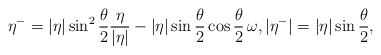
\begin{align*} \eta^- = |\eta| \sin^2\frac{\theta}{2} \frac{\eta}{|\eta|} - |\eta| \sin\frac{\theta}{2}\cos\frac{\theta}{2}\, \omega, |\eta^-| = |\eta| \sin\frac{\theta}{2} , \end{align*}